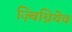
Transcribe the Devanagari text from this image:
ज़्बिग्नियेव